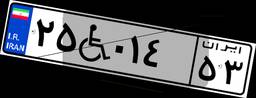
۲۵W۰۱۴۵۳